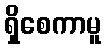
ရှိစေကာမူ